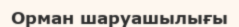
Орман шаруашылығы